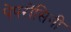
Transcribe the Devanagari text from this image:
पेपरोंसिनी